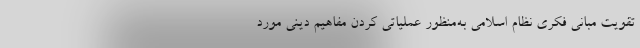
تقویت مبانی فکری نظام اسلامی به‌منظور عملیاتی کردن مفاهیم دینی مورد